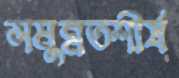
সমুন্নতশীর্ষ